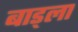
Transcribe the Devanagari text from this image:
बाड्ला